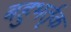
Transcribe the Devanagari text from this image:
बहुभर्तृक